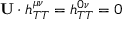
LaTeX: \mathbf { U } \cdot h _ { T T } ^ { \mu \nu } = h _ { T T } ^ { 0 \nu } = 0